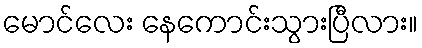
မောင်လေး နေကောင်းသွားပြီလား။